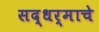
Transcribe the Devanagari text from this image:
सद्धर्माचे